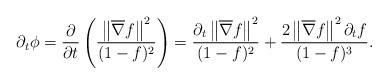
LaTeX: \begin{align*}\partial_{t}\phi=\frac{\partial}{\partial{t}}\left(\frac{\left\|\overline{\nabla}{f}\right\|^{2}}{(1-f)^{2}} \right)=\frac{\partial_{t}\left\|\overline{\nabla}{f}\right\|^{2}}{(1-f)^{2}}+\frac{2\left\|\overline{\nabla}{f}\right\|^{2}\partial_{t}f}{(1-f)^{3}}.\end{align*}